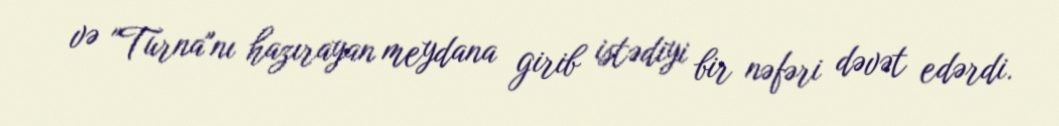
və "Turna"nı hazırayan meydana girib istədiyi bir nəfəri dəvət edərdi.